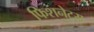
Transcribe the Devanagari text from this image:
फिशनेट्स